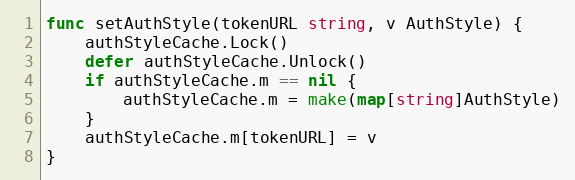
Language: Go
func setAuthStyle(tokenURL string, v AuthStyle) {
	authStyleCache.Lock()
	defer authStyleCache.Unlock()
	if authStyleCache.m == nil {
		authStyleCache.m = make(map[string]AuthStyle)
	}
	authStyleCache.m[tokenURL] = v
}